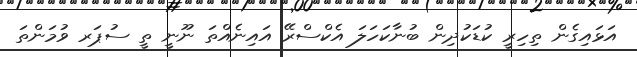
އަޅައިގެން ތިހިރީ ކުޑަކުދިން ބުނާކަހަލަ އެކްސްރޭ އައިނެއްތަ ނޫނީ ތީ ސުޕަރ ވުމަންތަ